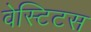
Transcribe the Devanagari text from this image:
वेस्टिटस